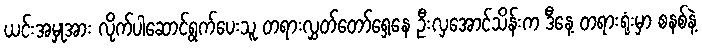
ယင်းအမှုအား လိုက်ပါဆောင်ရွက်ပေးသူ တရားလွှတ်တော်ရှေ့နေ ဦးလှအောင်သိန်းက ဒီနေ့ တရားရုံးမှာ စနစ်နဲ့